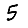
Digit: 5